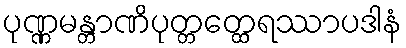
ပုဏ္ဏမန္တာဏိပုတ္တတ္ထေရဿာပဒါနံ